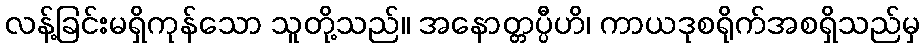
လန့်ခြင်းမရှိကုန်သော သူတို့သည်။ အနောတ္တပ္ပီဟိ၊ ကာယဒုစရိုက်အစရှိသည်မှ